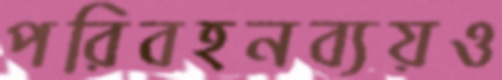
পরিবহনব্যয়ও